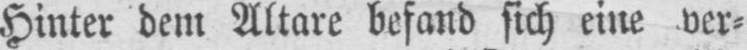
Hinter dem Altare befand sich eine ver⸗